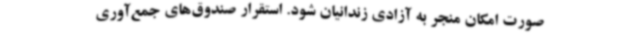
صورت امکان منجر به آزادی زندانیان شود. استقرار صندوق‌های جمع‌آوری